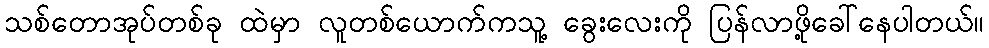
သစ်တောအုပ်တစ်ခု ထဲမှာ လူတစ်ယောက်ကသူ့ ခွေးလေးကို ပြန်လာဖို့ခေါ်နေပါတယ်။